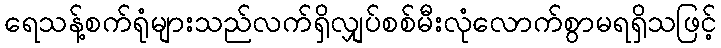
ရေသန့်စက်ရုံများသည်လက်ရှိလျှပ်စစ်မီးလုံလောက်စွာမရရှိသဖြင့်